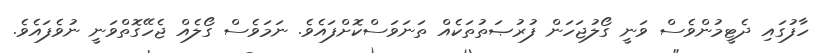
ހާފުގައި ދެޓީމުންވެސް ވަނީ ގޯލުޖަހަން ފުރުޞަތުތަކެއް ތަނަވަސްކޮށްފައެވެ. ނަމަވެސް ގޯލެއް ޖެހޭގޮތްވަނީ ނުވެފައެވެ.